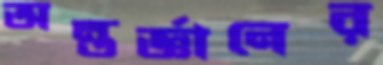
অন্তর্জ্ঞানের